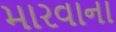
મારવાના